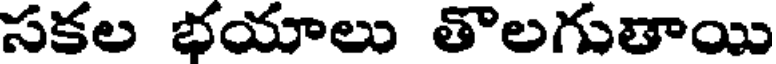
సకల భయాలు తొలగుతాయి